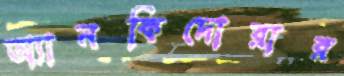
অ্যানকিদোরার